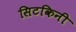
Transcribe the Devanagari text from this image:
सिटकिनी